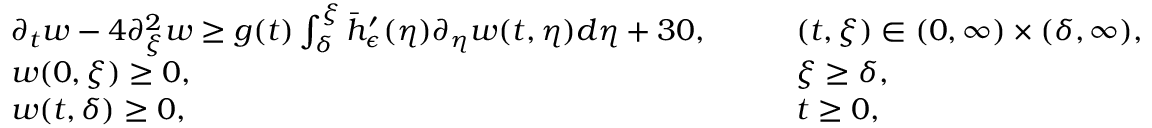
\begin{array} { r l r l } & { \partial _ { t } w - 4 \partial _ { \xi } ^ { 2 } w \geq g ( t ) \int _ { \delta } ^ { \xi } \bar { h } _ { \epsilon } ^ { \prime } ( \eta ) \partial _ { \eta } w ( t , \eta ) d \eta + 3 0 , \quad } & & { ( t , \xi ) \in ( 0 , \infty ) \times ( \delta , \infty ) , } \\ & { w ( 0 , \xi ) \geq 0 , \quad } & & { \xi \geq \delta , } \\ & { w ( t , \delta ) \geq 0 , \quad } & & { t \geq 0 , } \end{array}